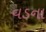
વડના